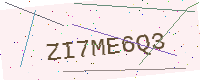
Text: ZI7ME6Q3